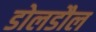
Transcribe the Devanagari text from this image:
डोलडौल